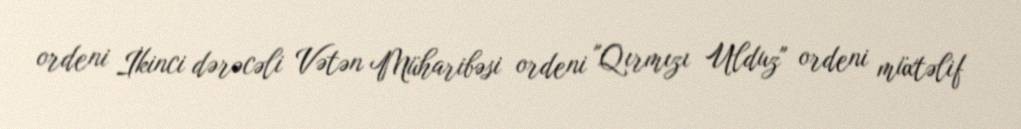
ordeni İkinci dərəcəli Vətən Müharibəsi ordeni "Qırmızı Ulduz" ordeni müxtəlif